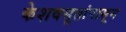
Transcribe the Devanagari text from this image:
केशवसुतांपासून